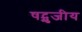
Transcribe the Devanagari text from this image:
षट्भुजीय